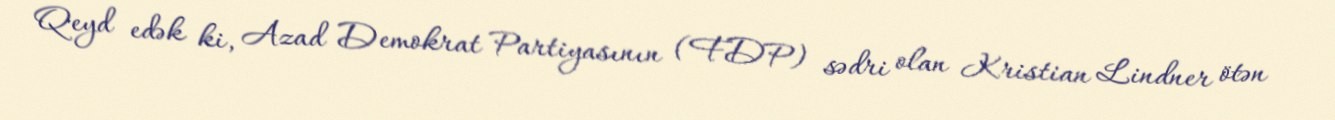
Qeyd edək ki, Azad Demokrat Partiyasının (FDP) sədri olan Kristian Lindner ötən